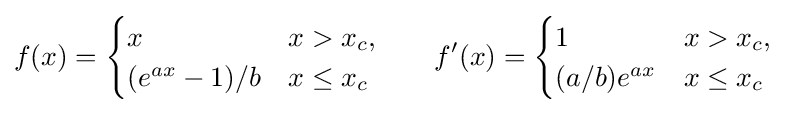
f(x)={\begin{cases}x&x>x_{c},\\(e^{ax}-1)/b&x\leq x_{c}\end{cases}}\qquad f'(x)={\begin{cases}1&x>x_{c},\\(a/b)e^{ax}&x\leq x_{c}\end{cases}}